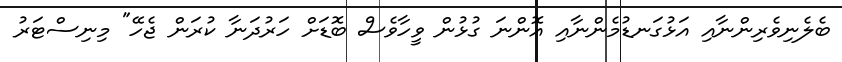
ބެލެނިވެރިންނާއި އަޅުގަނޑުމެންނާއި އޮންނަ ގުޅުން ވީހާވެސް ބޮޑަށް ހަރުދަނާ ކުރަން ޖެހޭ" މިނިސްޓަރު